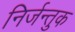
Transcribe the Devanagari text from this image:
निर्जन्तुक